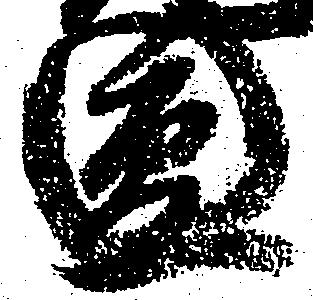
円